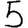
Digit: 5